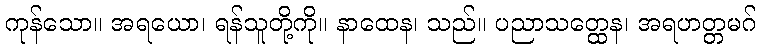
ကုန်သော။ အရယော၊ ရန်သူတို့ကို။ နာထေန၊ သည်။ ပညာသတ္ထေန၊ အရဟတ္တမဂ်